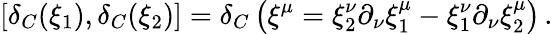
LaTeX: \left[\delta_{C}(\xi_{1}),\delta_{C}(\xi_{2})\right]=\delta_{C}\left(\xi^{\mu}=\xi_{2}^{\nu}\partial_{\nu}\xi_{1}^{\mu}-\xi_{1}^{\nu}\partial_{\nu}\xi_{2}^{\mu}\right)\, .